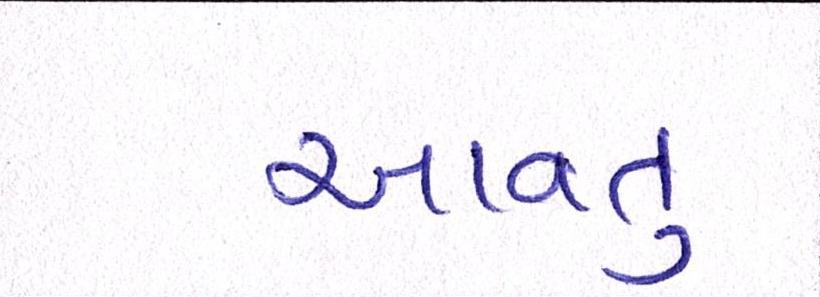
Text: આવતુ